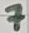
Text: 7